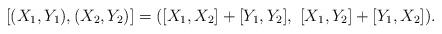
LaTeX: \begin{align*} [(X_1,Y_1), (X_2,Y_2)]=([X_1,X_2]+[Y_1,Y_2],\ [X_1,Y_2] + [Y_1,X_2]).\end{align*}